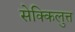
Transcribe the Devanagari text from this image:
सेक्किलुत्त